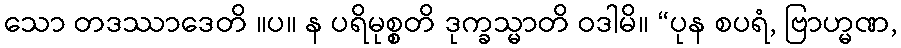
သော တဒဿာဒေတိ ။ပ။ န ပရိမုစ္စတိ ဒုက္ခသ္မာတိ ဝဒါမိ။ “ပုန စပရံ, ဗြာဟ္မဏ,